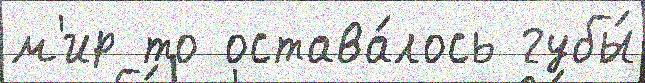
м'ир то остава́лось губы́